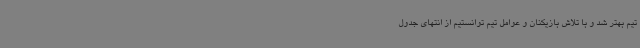
تیم بهتر شد و با تلاش بازیکنان و عوامل تیم توانستیم از انتهای جدول